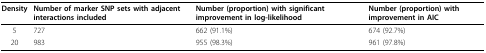
<table><thead><tr><td><b>Density</b></td><td><b>Number of marker SNP sets with adjacent interactions included</b></td><td><b>Number (proportion) with significant improvement in log-likelihood</b></td><td><b>Number (proportion) with improvement in AIC</b></td></tr></thead><tbody><tr><td>5</td><td>727</td><td>662 (91.1%)</td><td>674 (92.7%)</td></tr><tr><td>20</td><td>983</td><td>955 (98.3%)</td><td>961 (97.8%)</td></tr></tbody></table>